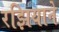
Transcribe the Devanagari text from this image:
रझियाने